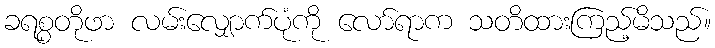
ခရစ္စတိုဖာ လမ်းလျှောက်ပုံကို လော်ရာက သတိထားကြည့်မိသည်။